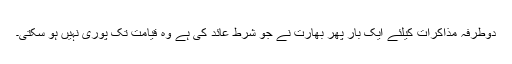
دوطرفہ مذاکرات کیلئے ایک بار پھر بھارت نے جو شرط عائد کی ہے وہ قیامت تک پوری نہیں ہو سکتی۔